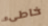
خاطىء